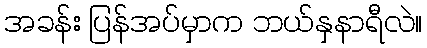
အခန်း ပြန်အပ်မှာက ဘယ်နှနာရီလဲ။